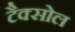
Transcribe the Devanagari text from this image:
टैक्सोल